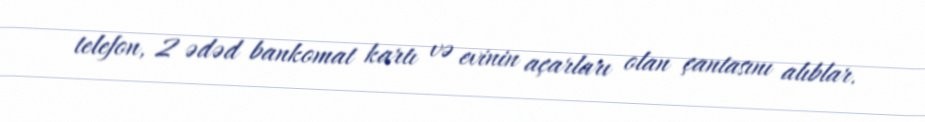
telefon, 2 ədəd bankomat kartı və evinin açarları olan çantasını alıblar.